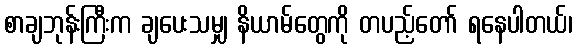
စာချဘုန်းကြီးက ချပေးသမျှ နိယာမ်တွေကို တပည့်တော် ရနေပါတယ်၊